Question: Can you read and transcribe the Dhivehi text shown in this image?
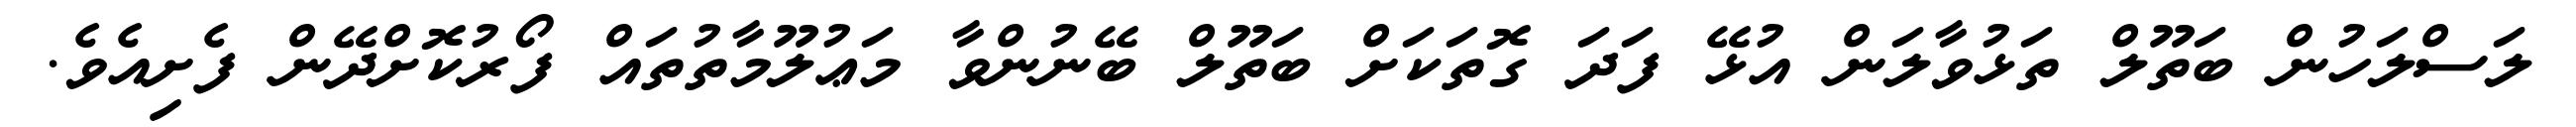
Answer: ލަސްލަހުން ބަތޫލް ތަޅުވާލަން އުޅޭ ފަދަ ގޮތަކަށް ބަތޫލް ބޭނުންވާ މަޢުލޫމާތުތައް ފޯރުކޮށްދޭން ފެށިއެވެ.